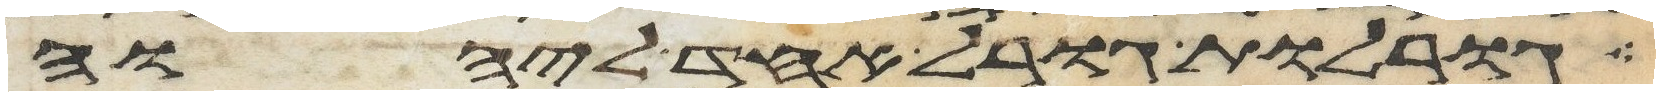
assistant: גורלות גורל אחד ליהוה